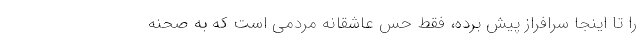
را تا اینجا سرافراز پیش برده، فقط حس عاشقانه مردمی است که به صحنه